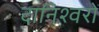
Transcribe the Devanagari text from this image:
दानिश्वरों